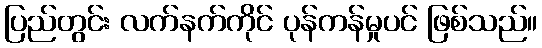
ပြည်တွင်း လက်နက်ကိုင် ပုန်ကန်မှုပင် ဖြစ်သည်။